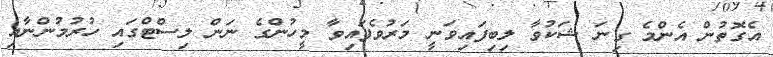
އެގޮތުން އެންމެ ގިނަ ޝަކުވާ ލިބިފައިވަނީ މަރުވެފައިވާ މީހުންގެ ނަން ލިސްޓްގައި ހުރުމުންނާއި